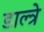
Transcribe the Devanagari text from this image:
डाल्त्रे